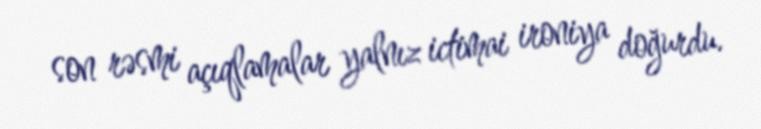
son rəsmi açıqlamalar yalnız ictimai ironiya doğurdu.